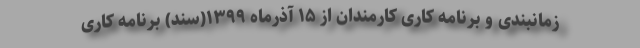
زمانبندی و برنامه کاری کارمندان از ۱۵ آذرماه ۱۳۹۹(سند) برنامه کاری